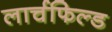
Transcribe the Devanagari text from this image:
लार्चफिल्ड